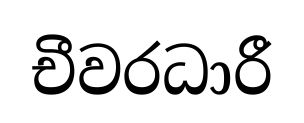
චීවරධාරී